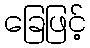
ခြေဖြင့်